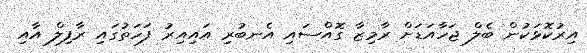
އިރުކޮޅަކުން ބެލް ޖަހާއަޑަށް ރާމިޒާ ގޮއްސައި އެނބުރި އައިއިރު ފަހަތުގައި ރާފިލް އާއި